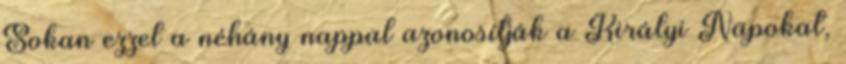
Sokan ezzel a néhány nappal azonosítják a Királyi Napokat,